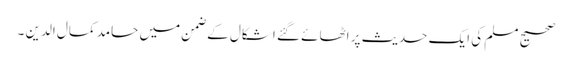
صحیح مسلم کی ایک حدیث پر اٹھائے گئے اشکال کے ضمن میں حامد کمال الدین ۔